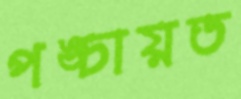
পঙ্চায়ত